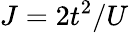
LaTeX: J=2t^{2}/U